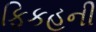
ફિકહની